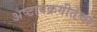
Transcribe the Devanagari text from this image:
अष्टावक्रगीतेचा